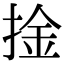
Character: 捦